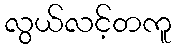
လွယ်လင့်တကူ